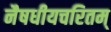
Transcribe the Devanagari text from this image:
नैषधीयचरितम्‌